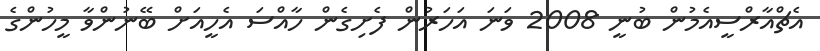
އެޗްއާރްސީއެމުން ބުނީ 2008 ވަނަ އަހަރުން ފެށިގެން ހާއްސަ އެހީއަށް ބޭނުންވާ މީހުންގެ